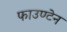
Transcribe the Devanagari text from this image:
फाउण्टेन